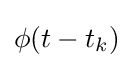
{\textstyle \phi (t-t_{k})}